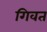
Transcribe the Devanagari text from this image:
गिवत